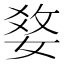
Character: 𤕢